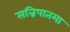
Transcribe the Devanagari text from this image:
सन्निपातमा